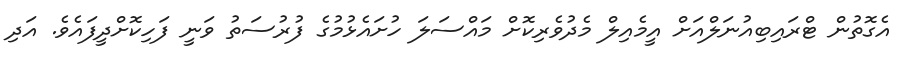
އެގޮތުން ޓްރައިބިއުނަލްއަށް އީމެއިލް މެދުވެރިކޮށް މައްސަލަ ހުށައެޅުމުގެ ފުރުސަތު ވަނީ ފަހިކޮށްދީފައެވެ. އަދި